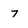
Character: 7